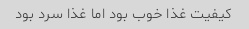
کیفیت غذا خوب بود اما غذا سرد بود